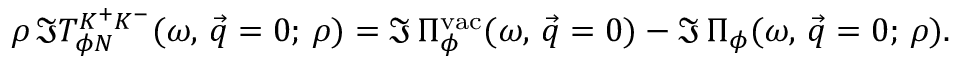
\rho \, \Im T _ { \phi N } ^ { K ^ { + } K ^ { - } } ( \omega , \, \vec { q } = 0 ; \, \rho ) = \Im \, \Pi _ { \phi } ^ { \mathrm { v a c } } ( \omega , \, \vec { q } = 0 ) - \Im \, \Pi _ { \phi } ( \omega , \, \vec { q } = 0 ; \, \rho ) .